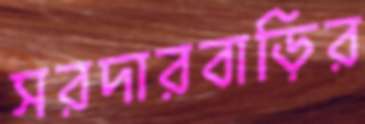
সরদারবাড়ির